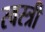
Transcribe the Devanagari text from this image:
स्वस्त्रीं